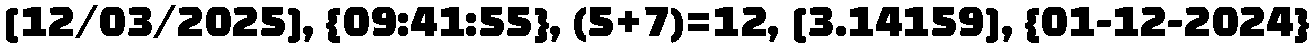
[12/03/2025], {09:41:55}, (5+7)=12, [3.14159], {01-12-2024}